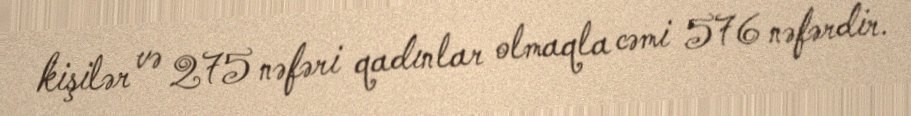
kişilər və 275 nəfəri qadınlar olmaqla cəmi 576 nəfərdir.